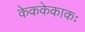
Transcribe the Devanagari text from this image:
केककेकाकः